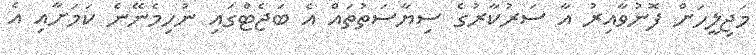
މަޖިލީހަށް ފޮނުވާއިރު އާ ސަރުކާރުގެ ސިޔާސަތުތައް އެ ބަޖެޓްގައި ނުހިމެނޭނެ ކަމަށާއި އެ